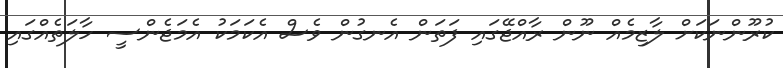
ކުރޫންނަކަށް ލާޒިމެއް ނޫން ރާއްޖޭގައި ފަތަން އެނގުން ވެސް އެކަމަކު އެމަޖެންސީ ހާލަތެއްގައި